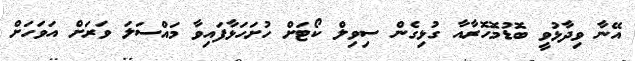
އޭނާ ވިދާޅުވީ ބޮޑުމޮހޮރާއާ ގުޅިގެން ސިވިލް ކޯޓަށް ހުށަހަޅާފައިވާ މައްސަލަ ވަރަށް އަވަހަށް